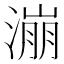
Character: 漰